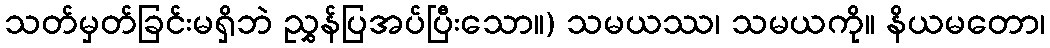
သတ်မှတ်ခြင်းမရှိဘဲ ညွှန်ပြအပ်ပြီးသော။) သမယဿ၊ သမယကို။ နိယမတော၊